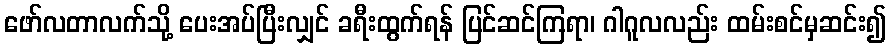
ဖော်လတာလက်သို့ ပေးအပ်ပြီးလျှင် ခရီးထွက်ရန် ပြင်ဆင်ကြရာ၊ ဂါဂူလလည်း ထမ်းစင်မှဆင်း၍